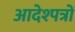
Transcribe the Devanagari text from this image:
आदेश्पत्रों